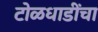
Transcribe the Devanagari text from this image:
टोळधाडींचा